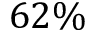
6 2 \%